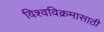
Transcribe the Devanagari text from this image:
विश्वविक्रमासाठी